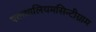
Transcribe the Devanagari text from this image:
एकथालियमसिन्टीग्राम